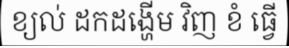
ខ្យល់ ដកដង្ហើម វិញ ខំ ធ្វើ